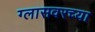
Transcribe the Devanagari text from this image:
ग्लासवरच्या